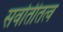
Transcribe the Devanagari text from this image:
सर्वातीतत्व